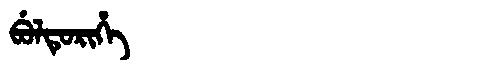
Manchu: ᠪᡠᠯᡨᡠᡵᡳᡥᡝ
Romanization: BULTURIHE